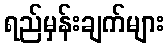
ရည်မှန်းချက်များ